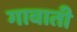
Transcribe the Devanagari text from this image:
गावाती